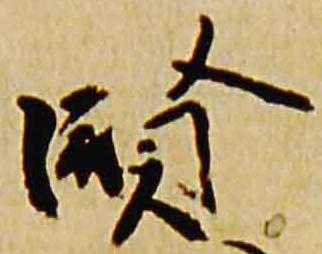
賢